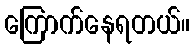
ကြောက်နေရတယ်။